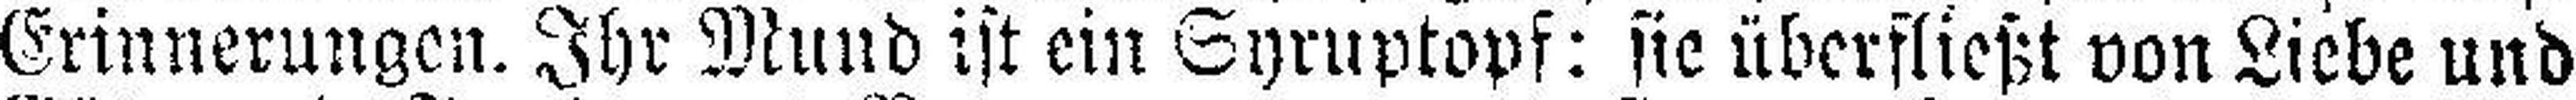
Erinnerungen. Ihr Mund ist ein Syruptopf: sie überfließt von Liebe und